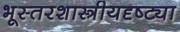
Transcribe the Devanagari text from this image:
भूस्तरशास्त्रीयदृष्ट्या